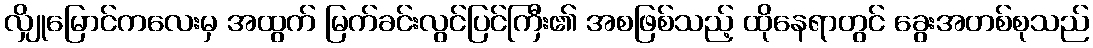
လျှိုမြောင်ကလေးမှ အထွက် မြက်ခင်းလွင်ပြင်ကြီး၏ အစဖြစ်သည့် ထိုနေရာတွင် ခွေးအတစ်စုသည်